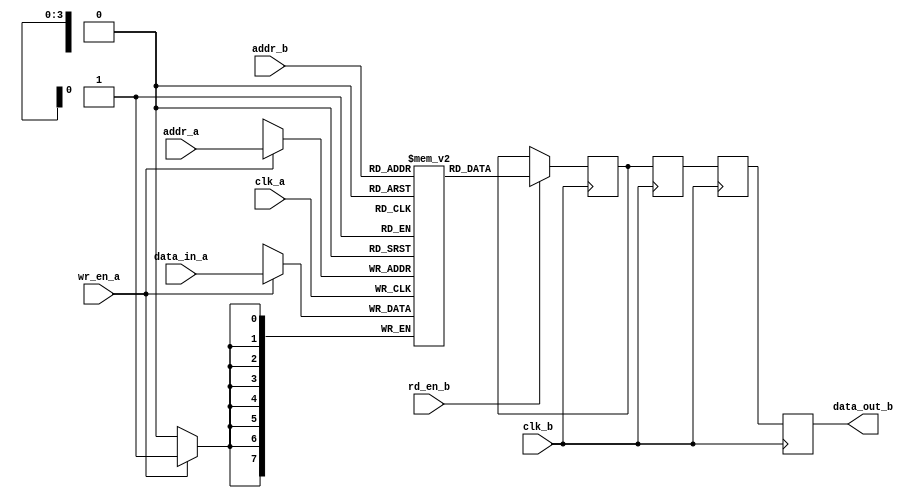
module MemoryBlocks #(
    parameter ADDR_WIDTH = 4,  // Address width (for 16 words)
    parameter DATA_WIDTH = 8,   // Data width
    parameter DELAY_STAGES = 3   // Number of stages in delay line
)(
    input wire clk_a,            // Clock for domain A
    input wire clk_b,            // Clock for domain B
    input wire wr_en_a,          // Write enable for domain A
    input wire rd_en_b,          // Read enable for domain B
    input wire [ADDR_WIDTH-1:0] addr_a, // Address for write
    input wire [ADDR_WIDTH-1:0] addr_b, // Address for read
    input wire [DATA_WIDTH-1:0] data_in_a, // Data input for write
    output wire [DATA_WIDTH-1:0] data_out_b // Data output for read
);

    // Memory array (2D)
    reg [DATA_WIDTH-1:0] memory_array [(1 << ADDR_WIDTH)-1:0];

    // Safe Delay Line (3-stage example)
    reg [DATA_WIDTH-1:0] delay_line [0:DELAY_STAGES-1];

    // Control Logic for Write Operation in Domain A
    always @(posedge clk_a) begin
        if (wr_en_a) begin
            memory_array[addr_a] <= data_in_a;
        end
    end

    // Control Logic for Read Operation in Domain B
    reg [DATA_WIDTH-1:0] temp_data_out;
    always @(posedge clk_b) begin
        if (rd_en_b) begin
            temp_data_out <= memory_array[addr_b];
        end
    end

    // Safe Delay Line Implementation
    always @(posedge clk_b) begin
        delay_line[0] <= temp_data_out; // First stage
        delay_line[1] <= delay_line[0]; // Second stage
        delay_line[2] <= delay_line[1]; // Third stage
    end

    // Output data after passing through the delay line
    assign data_out_b = delay_line[DELAY_STAGES-1];

endmodule